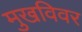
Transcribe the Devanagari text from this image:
मुखविवर